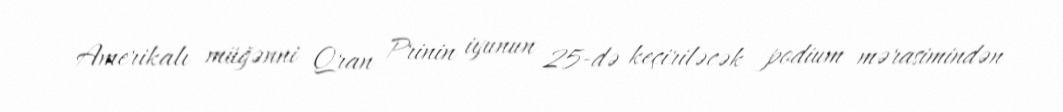
Amerikalı müğənni Qran Prinin iyunun 25-də keçiriləcək podium mərasimindən